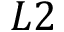
L 2